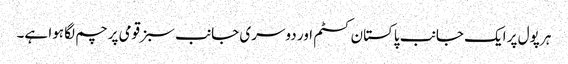
ہر پول پر ایک جانب پاکستان کسٹم اور دوسری جانب سبز قومی پرچم لگا ہوا ہے۔